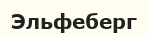
Эльфеберг